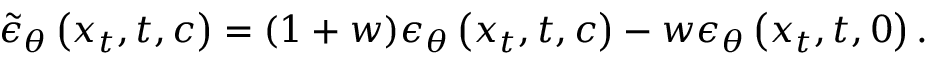
\begin{array} { r } { \tilde { \epsilon } _ { \theta } \left( x _ { t } , t , c \right) = ( 1 + w ) \epsilon _ { \theta } \left( x _ { t } , t , c \right) - w \epsilon _ { \theta } \left( x _ { t } , t , 0 \right) . } \end{array}